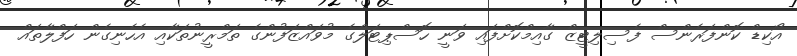
އޯކިޑް ކޮންފަރެންސް ފެސިލިޓީޒް ގާއިމްކޮށްފައި ވަނީ ހޮސްޕިޓަލްގެ މުވައްޒަފުންގެ ތަމްރީނުތަކާއި އެހެނިގެން ހަފްލާތައް